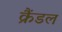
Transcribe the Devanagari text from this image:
क्रैंडल